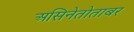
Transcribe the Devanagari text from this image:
असिनेतोताबर